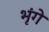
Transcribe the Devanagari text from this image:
भृंगे